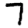
Digit: 7